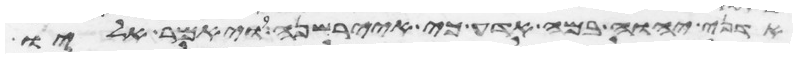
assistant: אדני יהוה במה אדע כי איירשנה ויאמר אליו